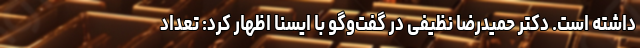
داشته است. دکتر حمیدرضا نظیفی در گفت‌وگو با ایسنا اظهار کرد: تعداد